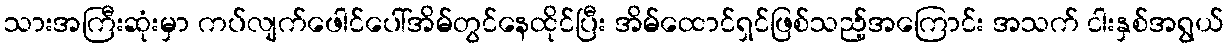
သားအကြီးဆုံးမှာ ကပ်လျက်ဖေါင်ပေါ်အိမ်တွင်နေထိုင်ပြီး အိမ်ထောင်ရှင်ဖြစ်သည့်အကြောင်း အသက် ငါးနှစ်အရွယ်